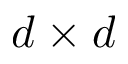
d \times d